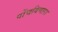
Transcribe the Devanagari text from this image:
पोंचविणारा